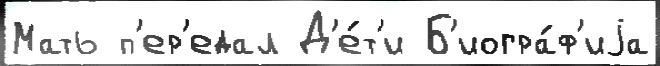
Мать п'ер'едал Д'е́т'и Б'иогра́ф'иjа